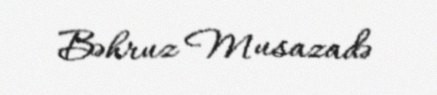
Bəhruz Musazadə